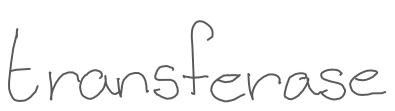
Text: transferase
Cross-out: clean
Writing tool: digital_gray